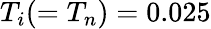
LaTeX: T_{i}(=T_{n})=0.025